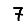
Digit: 7